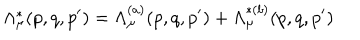
LaTeX: \Lambda _ { \mu } ^ { \ast } ( p , q , p ^ { \prime } ) = \Lambda _ { \mu } ^ { ( a ) } ( p , q , p ^ { \prime } ) + \Lambda _ { \mu } ^ { \ast ( b ) } ( p , q , p ^ { \prime } )